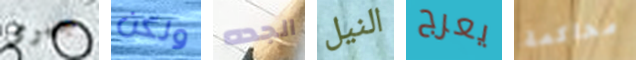
جيرمى ولكن الجده النيل يعرج محاكمة